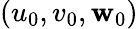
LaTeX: (u_{0},v_{0},\mathbf{w}_{0})